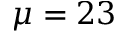
\mu = 2 3